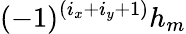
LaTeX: (-1)^{(i_{x}+i_{y}+1)}h_{m}